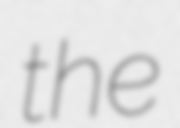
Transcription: the